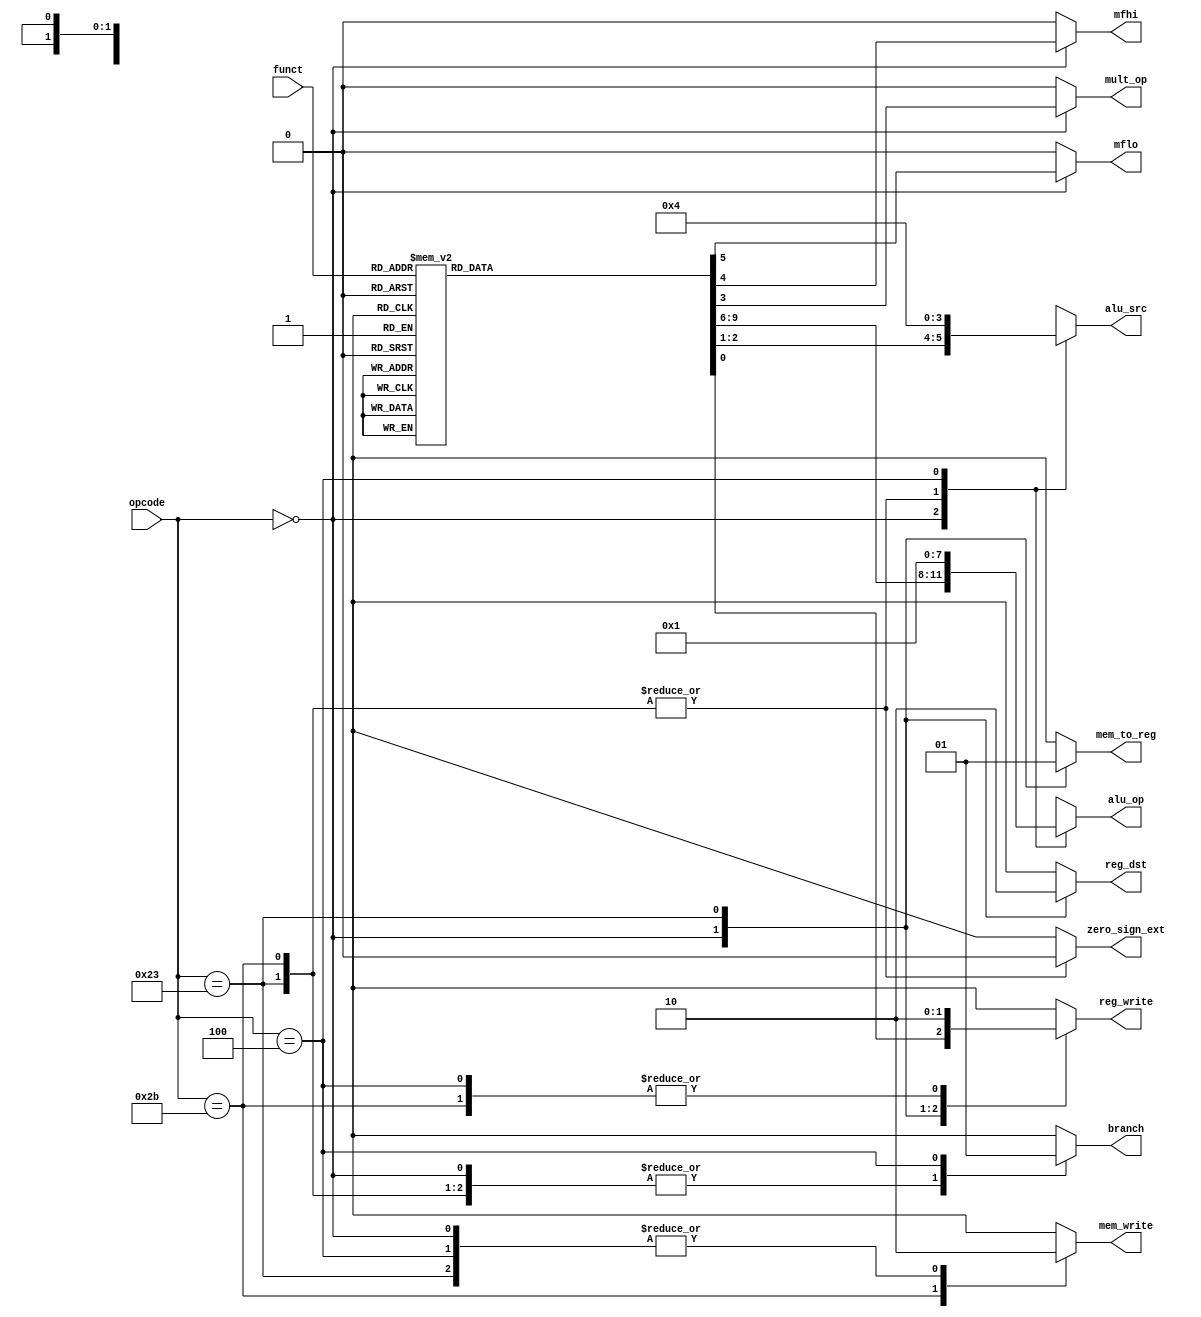
module ControlUnit(input[5:0] opcode,
		input[5:0] funct,
		output reg reg_dst,
		output reg reg_write,
		output reg[1:0] alu_src,
		output reg[3:0] alu_op,
		output reg branch,
		output reg mem_write,
		output reg mem_to_reg,
        	output reg zero_sign_ext,
		output reg mult_op,
		output reg mfhi,
		output reg mflo);

	always @(opcode, funct) begin
		
		// Make sure that all output have an initial value assigned in
		// order to prevent synthesis of sequential logic.
		reg_dst = 1'bx;
		reg_write = 1'bx;
		alu_src = 2'bxx;
		alu_op = 4'bxxxx;
		branch = 1'bx;
		mem_write = 1'bx;
		mem_to_reg = 1'bx;
		zero_sign_ext = 1'bx;

		mult_op = 1'b0; // use the multiply/div alu
		mfhi = 1'b0; // move from hi
		mflo = 1'b0; // move from lo

		// Check opcode
		case (opcode)

			// If opcode is 0, check funct
			6'h00: begin

				// Common signals
				reg_dst = 1;
				reg_write = 1;
				alu_src = 0;
				branch = 0;
				mem_write = 0;
				mem_to_reg = 0;
			
				// ALU operation depends on funct
				case (funct)

					// add
					6'h20: begin
						alu_op = 4'b0000;
						$display("\tInstruction 'add'");
					end

                   			 //addu
                   			 6'h21: begin
                   			     alu_op = 4'b0000;
                   			     $display("\tInstruction 'addu'");
                   			 end

					// sub
					6'h22: begin
						alu_op = 4'b0001;
						$display("\tInstruction 'sub'");
					end

					// subu
					6'h23: begin
						alu_op = 4'b0001;
						$display("\tInstruction 'subu'");
					end

					// and
					6'h24: begin
						alu_op = 4'b0010;
						$display("\tInstruction 'and'");
					end

                   			 // nor
                   			 6'h27: begin
                   			     alu_op = 4'b0100;
                   			     $display("\tInstruction 'nor'");
                   			 end

					// or
					6'h25: begin
						alu_op = 4'b0011;
						$display("\tInstruction 'or'");
					end

                   			 // xor
                   			 6'h26: begin
                   			     alu_op = 4'b0101;
                   			     $display("\tInstruction 'xor'");
                   			 end
                   			 
                   			 // sll
                   			 6'h0: begin
                   			     alu_op = 6;
                   			     alu_src = 2;
                   			     $display("\tInstruction 'sll'");
                   			 end

                   			 // srl
                   			 6'h2: begin
                   			     alu_op = 7;
                   			     alu_src = 2;
                   			     $display("\tInstruction 'srl'");
                   			 end

                   			 // sra
                   			 6'h3: begin
                   			     alu_op = 8;
                   			     alu_src = 2;
                   			     $display("\tInstruction 'sra'");
                   			 end

                   			 // sllv
                   			 6'h4: begin
                   			     alu_op = 6;
                   			     $display("\tInstruction 'sllv'");
                   			 end

                   			 // srlv
                   			 6'h6: begin
                   			     alu_op = 7;
                   			     $display("\tInstruction 'srlv'");
                   			 end

                   			 // srav
                   			 6'h7: begin
                   			     alu_op = 8;
                   			     $display("\tInstruction 'srav'");
                   			 end

					// slt
					6'h2a: begin
						alu_op = 4'b1001;
						$display("\tInstruction 'slt'");
					end

					// sltu
					6'h2b: begin
						alu_op = 4'b1010;
						$display("\tInstruction 'sltu'");
					end

					// mult
					6'h18: begin
						mult_op = 1;
						reg_write = 0;
						alu_op = 4'b0010;
						$display("\tInstruction 'mult'");
					end

					// multu
					6'h19: begin
						mult_op = 1;
						reg_write = 0;
						alu_op = 4'b0011;
						$display("\tInstruction 'multu'");
					end

					// div
					6'h1A: begin
						mult_op = 1;
						reg_write = 0;
						alu_op = 4'b0000;
						$display("\tInstruction 'div'");
					end

					// divu
					6'h1B: begin
						mult_op = 1;
						reg_write = 0;
						alu_op = 4'b0001;
						$display("\tInstruction 'divu'");
					end

					// mfhi
					6'h10: begin
						alu_op = 4'b1111;
						mfhi = 1;
						$display("\tInstruction 'mfhi'");
					end

					// mflo
					6'h12: begin
						alu_op = 4'b1111;
						mflo = 1;
						$display("\tInstruction 'mflo'");
					end
				endcase
			end

			// lw
			6'h23: begin
				reg_dst = 0;
				reg_write = 1;
				alu_src = 1;
				alu_op = 4'b0000;
				branch = 0;
				mem_write = 0;
				mem_to_reg = 1;
				zero_sign_ext = 0;
				$display("\tInstruction 'lw'");
			end

			// sw
			6'h2b: begin
				reg_write = 0;
				alu_src = 1;
				alu_op = 4'b0000;
				branch = 0;
				mem_write = 1;
				zero_sign_ext = 0;
				$display("\tInstruction 'sw'");
			end

			// beq
			6'h04: begin
				reg_write = 0;
				alu_src = 0;
				alu_op = 4'b0001;
				branch = 1;
				mem_write = 0;
				$display("\tInstruction 'beq'");
			end
		endcase
	end
endmodule